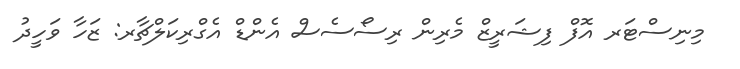
މިނިސްޓަރ އޮފް ފިޝަރީޒް މެރިން ރިސޯސެސް އެންޑް އެގްރިކަލްޗާރ: ޒަހާ ވަހީދު